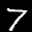
Label: 7